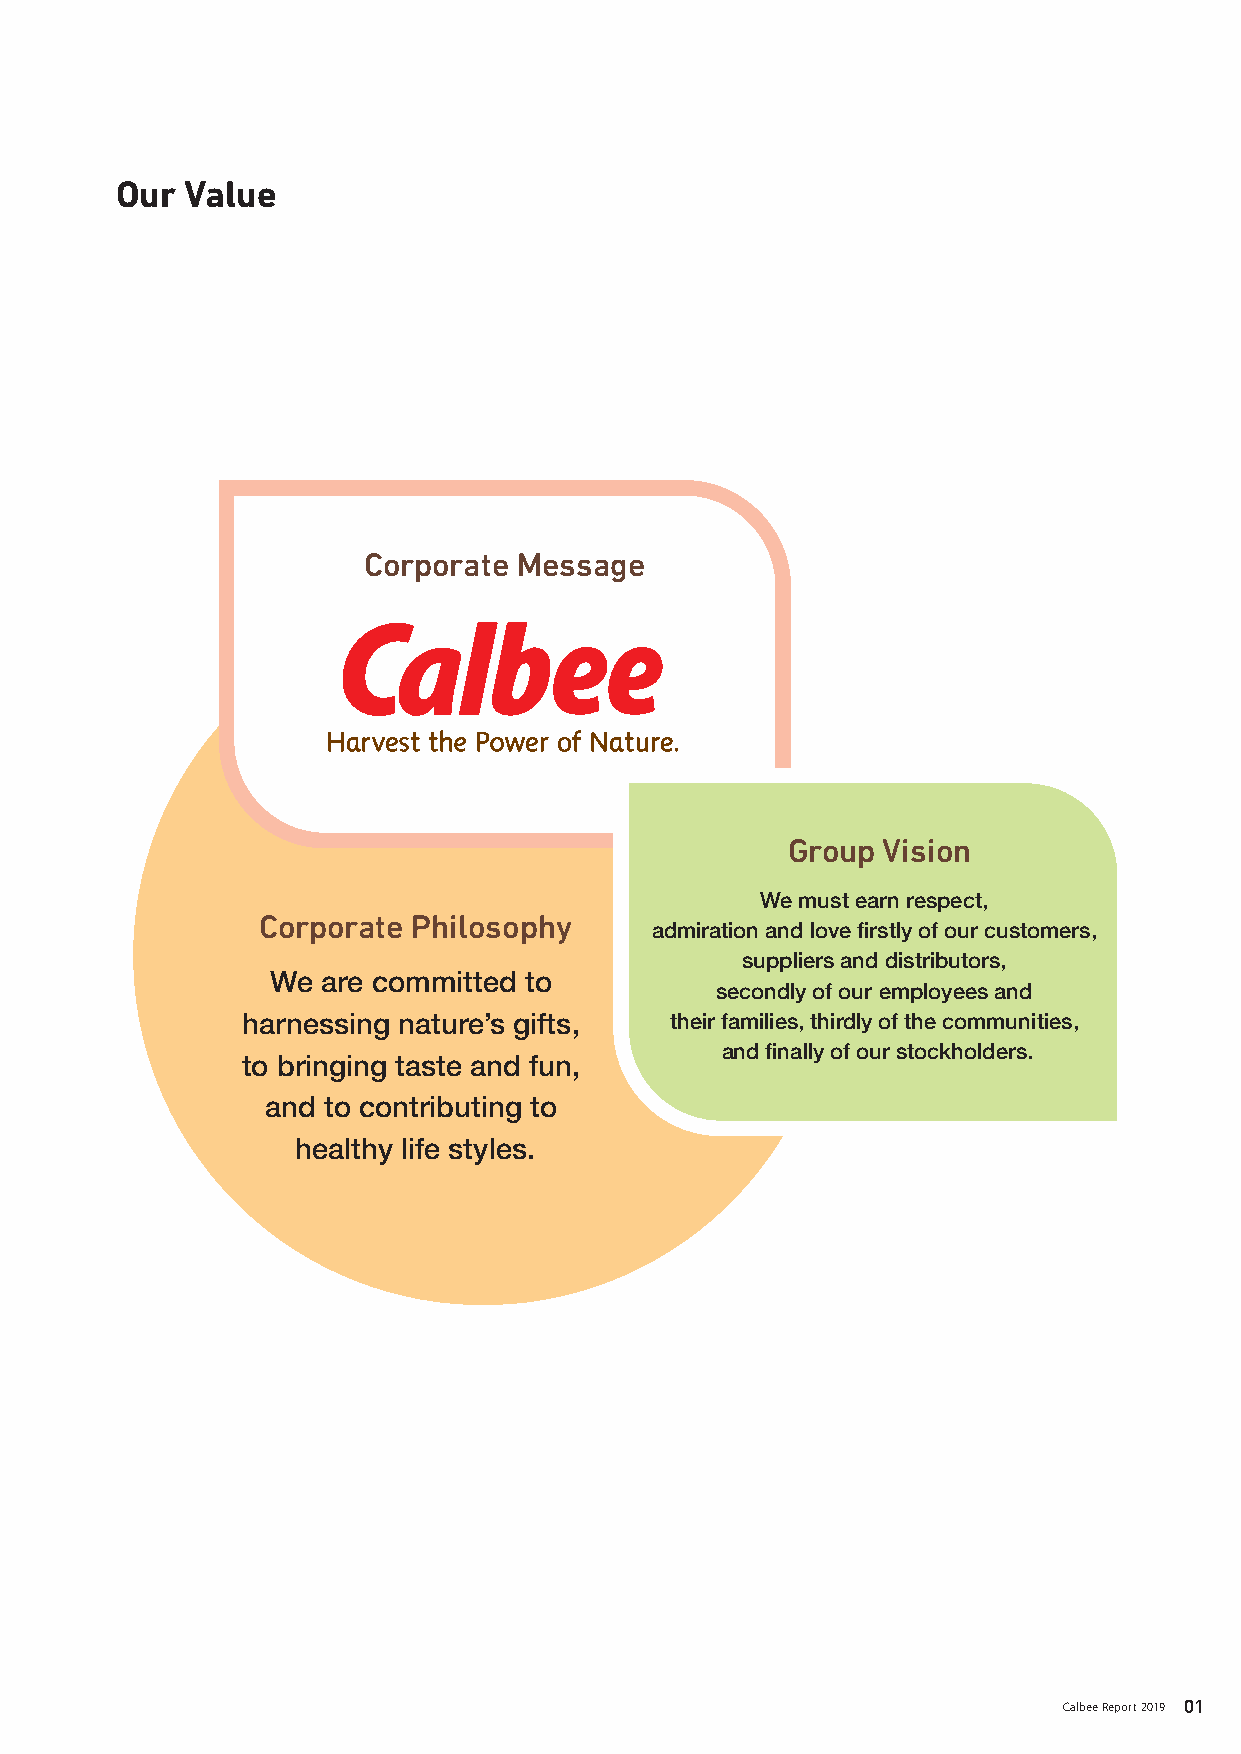
Our starting point and philosophy Our Value
 Corporate Message
 Group Vision
 We must earn respect,
 Corporate Philosophy
 admiration and love firstly of our customers,
 suppliers and distributors,
 We are committed to
 secondly of our employees and
 harnessing nature’s gifts,  their families, thirdly of the communities,
 and finally of our stockholders.
 to bringing taste and fun,
 and to contributing to
 healthy life styles.
 Takashi Matsuo (on the right) collects Himemukashi-yomogi (horseweed) that grew in regions devastated by fire of war.
 It was used as a raw material for substitute foods.
 Contributions to healthy life styles
 During World War Ⅱ, founder Takashi Matsuo began to produce and sell dumplings, made by
 extracting germ from rice bran that had usually been disposed of and blending it with sweet potatoes
 or wild grass. The food situation during that time was extreme difficult, so many people were delighted
 as nutritional foods.
 Utilize unused food resources and create foods that benefit people's health.
 Calbee’s founding philosophy is that these elements continue to function as corporate DNA. We will
 continue to take on challenges and innovation for contribution to healthy life styles while continuing
 to inherit this DNA, which is our starting point.
 Calbee Report 2019 01